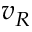
v _ { R }